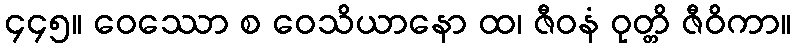
၄၄၅။ ဝေဿော စ ဝေသိယာနော ထ၊ ဇီဝနံ ဝုတ္တိ ဇီဝိကာ။